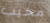
مخيب